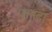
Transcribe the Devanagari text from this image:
फनदा